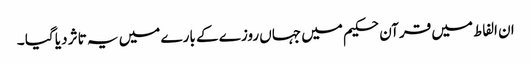
ان الفاط میں قرآن حکیم میں جہاں روزے کے بارے میں یہ تاثر دیا گیا ۔